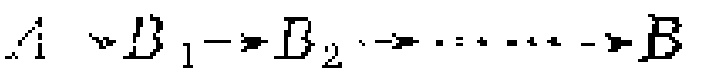
$A \rightsquigarrow B_1 \rightarrow B_2 \rightarrow \cdots \cdots \rightarrow B$